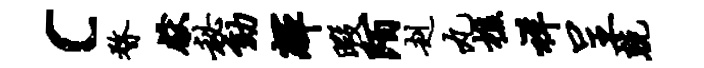
c瞀献秘劾辉暇陌赳丸樵祥呈兢